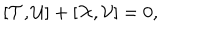
LaTeX: [ { \cal T } , { \cal U } ] + [ { \cal X } , { \cal V } ] = 0 ,